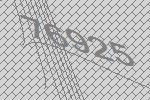
76925